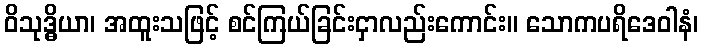
ဝိသုဒ္ဓိယာ၊ အထူးသဖြင့် စင်ကြယ်ခြင်းငှာလည်းကောင်း။ သောကပရိဒေဝါနံ၊